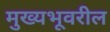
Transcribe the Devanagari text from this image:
मुख्यभूवरील